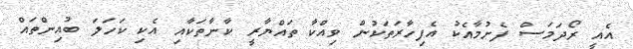
އެއީ ރޯދަމަސް ފެށުމާއެކު އެފިހާރަތަކުން ވިއްކާ ތައްޔާރީ ކާނާތަކާއި އެކި ކަހަލަ ބުއިންތައް